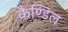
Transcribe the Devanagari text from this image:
कैण्डिल